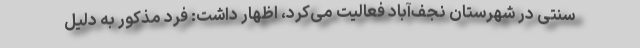
سنتی در شهرستان نجف‌آباد فعالیت می‌کرد، اظهار داشت: فرد مذکور به دلیل